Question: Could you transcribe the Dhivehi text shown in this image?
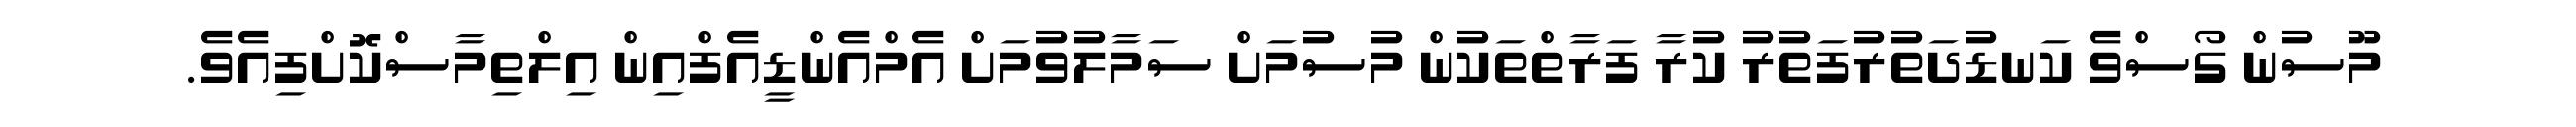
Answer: މޫސުން ގޯސްވެ ކަނޑުދަތުރުފަތުރު ކުރާ ފަރާތްތަކުން މުސުމަށް ސަމާލުވުމަށް އެމްއެންޑީއެފްއިން އިލްތިމާސްކޮށްފިއެވެ.